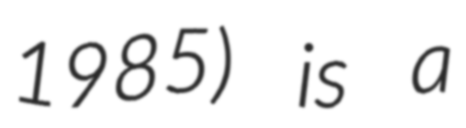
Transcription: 1985) is a